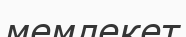
мемлекет